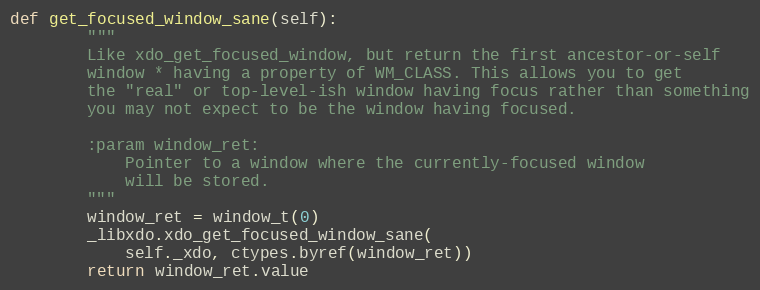
Language: Python
def get_focused_window_sane(self):
        """
        Like xdo_get_focused_window, but return the first ancestor-or-self
        window * having a property of WM_CLASS. This allows you to get
        the "real" or top-level-ish window having focus rather than something
        you may not expect to be the window having focused.

        :param window_ret:
            Pointer to a window where the currently-focused window
            will be stored.
        """
        window_ret = window_t(0)
        _libxdo.xdo_get_focused_window_sane(
            self._xdo, ctypes.byref(window_ret))
        return window_ret.value